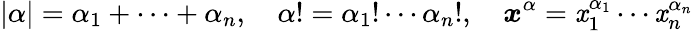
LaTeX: |\alpha|=\alpha_{1}+\cdots+\alpha_{n},\quad\alpha!=\alpha_{1}!\cdots\alpha_{n}!,\quad{\boldsymbol{\mathit{x}}}^{\alpha}=\mathit{x}_{1}^{\alpha_{1}}\cdots\mathit{x}_{n}^{\alpha_{n}}